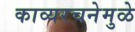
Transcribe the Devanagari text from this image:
काव्यरचनेमुळे